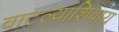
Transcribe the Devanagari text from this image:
वाटल्याशिवाय